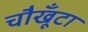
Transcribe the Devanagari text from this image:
चौखूँटा